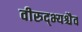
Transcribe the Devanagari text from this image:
वीरुद्भ्यश्चैव